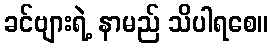
ခင်ဗျားရဲ့ နာမည် သိပါရစေ။